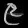
Digit: ၉